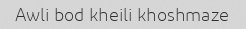
Awli bod kheili khoshmaze